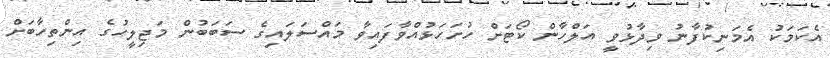
އެކަމަކު އެމަނިކުފާނު ވިދާޅުވީ އަލްހާން ކޯޓަށް ހުށަހަޅުއްވާފައިވާ މައްސަލައިގެ ސަބަބުން މަޖިލީހުގެ އިންތިހާބަށް